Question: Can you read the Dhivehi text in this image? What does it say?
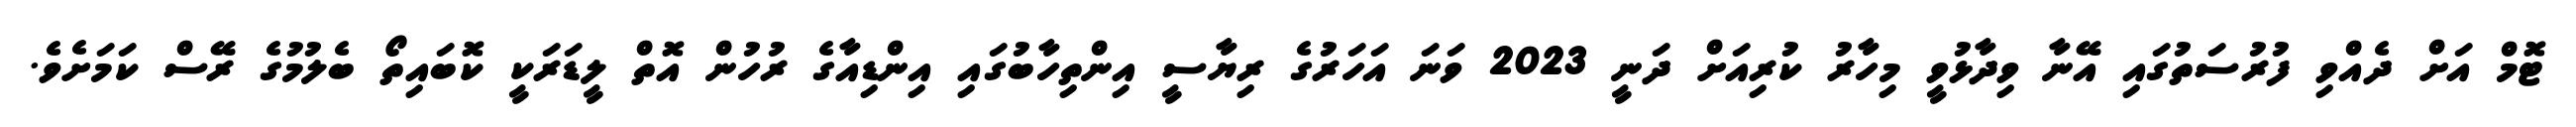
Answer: ޓޮމް އަށް ދެއްވި ފުރުސަތުގައި އޭނާ ވިދާޅުވީ މިހާރު ކުރިއަށް ދަނީ 2023 ވަނަ އަހަރުގެ ރިޔާސީ އިންތިހާބުގައި އިންޑިއާގެ ރުހުން އޮތް ލީޑަރަކީ ކޮބައިތޯ ބެލުމުގެ ރޭސް ކަމަށެވެ.